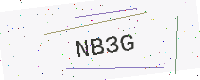
Text: NB3G